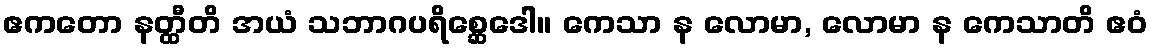
ဧကတော နတ္ထီတိ အယံ သဘာဂပရိစ္ဆေဒေါ။ ကေသာ န လောမာ, လောမာ န ကေသာတိ ဧဝံ